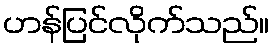
ဟန်ပြင်လိုက်သည်။